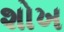
શોખ